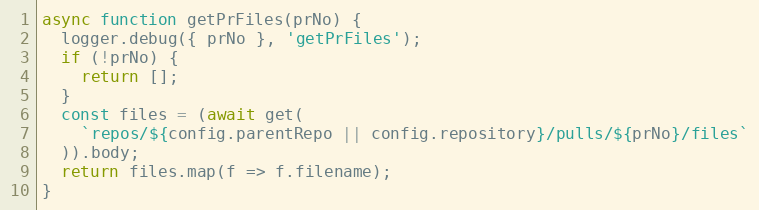
Language: JavaScript
async function getPrFiles(prNo) {
  logger.debug({ prNo }, 'getPrFiles');
  if (!prNo) {
    return [];
  }
  const files = (await get(
    `repos/${config.parentRepo || config.repository}/pulls/${prNo}/files`
  )).body;
  return files.map(f => f.filename);
}